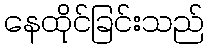
နေထိုင်ခြင်းသည်